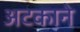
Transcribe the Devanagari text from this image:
अटकाने